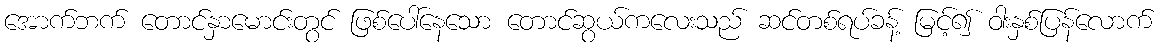
အောက်ဘက် တောင်နှာမောင်းတွင် ဖြစ်ပေါ်နေသော တောင်ဆွယ်ကလေးသည် ဆင်တစ်ရပ်ခန့် မြင့်၍ ဝါးနှစ်ပြန်လောက်